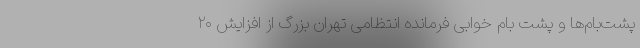
پشت‌بام‌ها و پشت بام خوابی فرمانده انتظامی تهران بزرگ از افزایش ۲۰